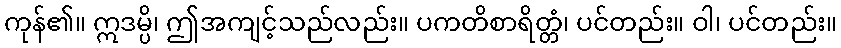
ကုန်၏။ ဣဒမ္ပိ၊ ဤအကျင့်သည်လည်း။ ပကတိစာရိတ္တံ၊ ပင်တည်း။ ဝါ၊ ပင်တည်း။